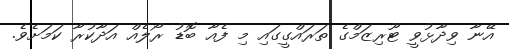
އޭނާ ވިދާޅުވީ ޓޫރިޒަމްގެ ތަރައްގީގައި މި ފެއާ ބޮޑު ރޯލެއް އަދާކުރާ ކަމަށެވެ.